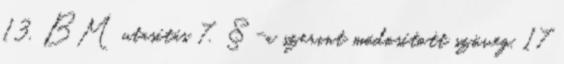
13. BM utasítás 7. §-a szerint módosított szöveg. 17